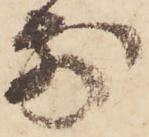
前